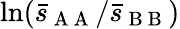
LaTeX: \ln(\bar{s}_{\mathrm{~A~A~}}/\bar{s}_{\mathrm{~B~B~}})